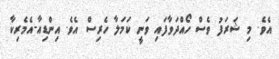
އެވެ. މި ޝަރަފު ވެސް ހޯއްދަވާފައި ވަނީ ކަމަލާ ހެރިސް އެވެ. އިންޑިއާ-އެމެރިކާ